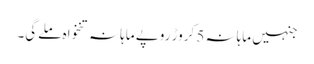
جنہیں ماہانہ 5 کروڑ روپے ماہانہ تنخواہ ملےگی۔